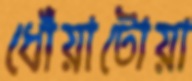
ধোঁয়াটোয়া